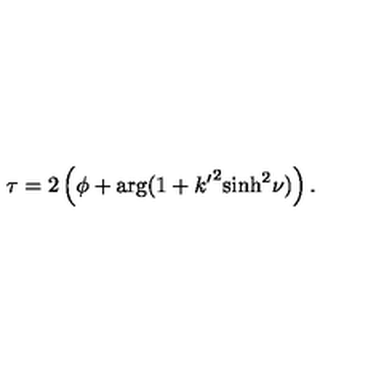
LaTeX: \tau = 2 \left( \phi + \arg ( 1 + { k ^ { \prime } } ^ { 2 } { \sinh } ^ { 2 } \nu ) \right) .